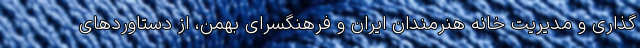
گذاری و مدیریت خانه هنرمندان ایران و فرهنگسرای بهمن، از دستاوردهای